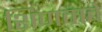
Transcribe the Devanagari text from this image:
शिणवावे